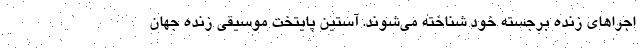
اجراهای زنده برجسته خود شناخته می‌شوند. آستین پایتخت موسیقی زنده جهان